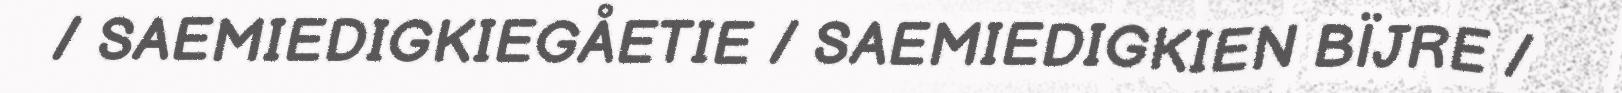
/ SAEMIEDIGKIEGÅETIE / SAEMIEDIGKIEN BÏJRE /